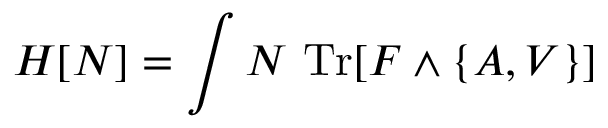
H [ N ] = \int N \ \mathrm { T r } [ F \wedge \{ A , V \} ]